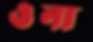
ওনা